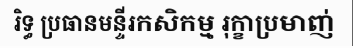
រិទ្ធ ប្រធានមន្ទីរកសិកម្ម រុក្ខាប្រមាញ់